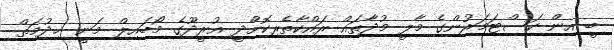
ބީ އިން ކަސްޓަމަރުންގެ މާލީ މުދާތައް ރައްކާތެރިކޮށްދީ އުރީދޫގެ މޯބައިލް މަނީ ޚިދުމަތް